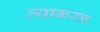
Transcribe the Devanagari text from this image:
व्याकरन